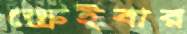
স্ক্রেইবার